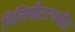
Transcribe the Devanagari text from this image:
मिलिमीटरपर्यंत